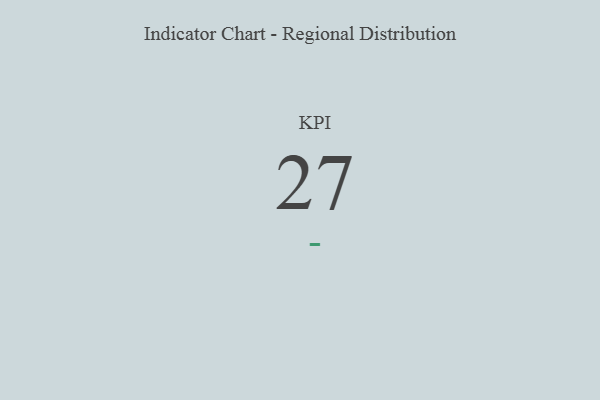
{"axis": {"x": "KPI", "y": "Value"}, "legend": [""], "data": [{"x": "KPI", "y": 27, "type": ""}]}